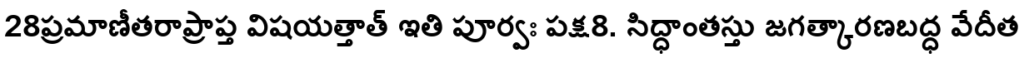
28ప్రమాణీతరాప్రాప్త విషయత్తాత్ ఇతి పూర్వః పక్ష8. సిద్ధాంతస్తు జగత్కారణబద్ధ వేదీత